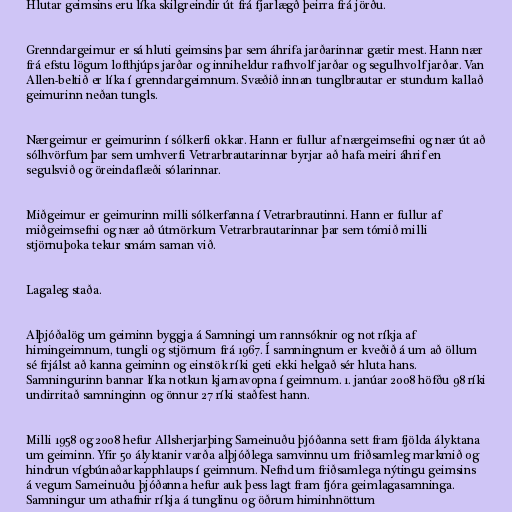
Hlutar geimsins eru líka skilgreindir út frá fjarlægð þeirra frá jörðu.

Grenndargeimur er sá hluti geimsins þar sem áhrifa jarðarinnar gætir mest. Hann nær
frá efstu lögum lofthjúps jarðar og inniheldur rafhvolf jarðar og segulhvolf jarðar. Van
Allen-beltið er líka í grenndargeimnum. Svæðið innan tunglbrautar er stundum kallað
geimurinn neðan tungls.

Nærgeimur er geimurinn í sólkerfi okkar. Hann er fullur af nærgeimsefni og nær út að
sólhvörfum þar sem umhverfi Vetrarbrautarinnar byrjar að hafa meiri áhrif en
segulsvið og öreindaflæði sólarinnar.

Miðgeimur er geimurinn milli sólkerfanna í Vetrarbrautinni. Hann er fullur af
miðgeimsefni og nær að útmörkum Vetrarbrautarinnar þar sem tómið milli
stjörnuþoka tekur smám saman við.

Lagaleg staða.

Alþjóðalög um geiminn byggja á Samningi um rannsóknir og not ríkja af
himingeimnum, tungli og stjörnum frá 1967. Í samningnum er kveðið á um að öllum
sé frjálst að kanna geiminn og einstök ríki geti ekki helgað sér hluta hans.
Samningurinn bannar líka notkun kjarnavopna í geimnum. 1. janúar 2008 höfðu 98 ríki
undirritað samninginn og önnur 27 ríki staðfest hann.

Milli 1958 og 2008 hefur Allsherjarþing Sameinuðu þjóðanna sett fram fjölda ályktana
um geiminn. Yfir 50 ályktanir varða alþjóðlega samvinnu um friðsamleg markmið og
hindrun vígbúnaðarkapphlaups í geimnum. Nefnd um friðsamlega nýtingu geimsins
á vegum Sameinuðu þjóðanna hefur auk þess lagt fram fjóra geimlagasamninga.
Samningur um athafnir ríkja á tunglinu og öðrum himinhnöttum